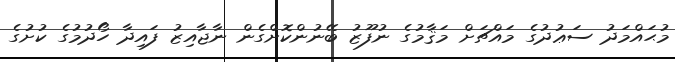
މުޙައްމަދު ސަޢުދުގެ މައްޗަށް މަޤާމުގެ ނުފޫޒު ބޭނުންކޮށްގެން ނާޖާއިޒު ފައިދާ ހޯދުމުގެ ކުށުގެ